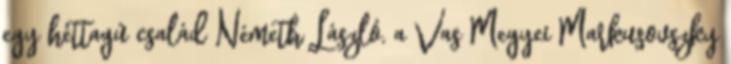
egy héttagú család Németh László, a Vas Megyei Markusovszky